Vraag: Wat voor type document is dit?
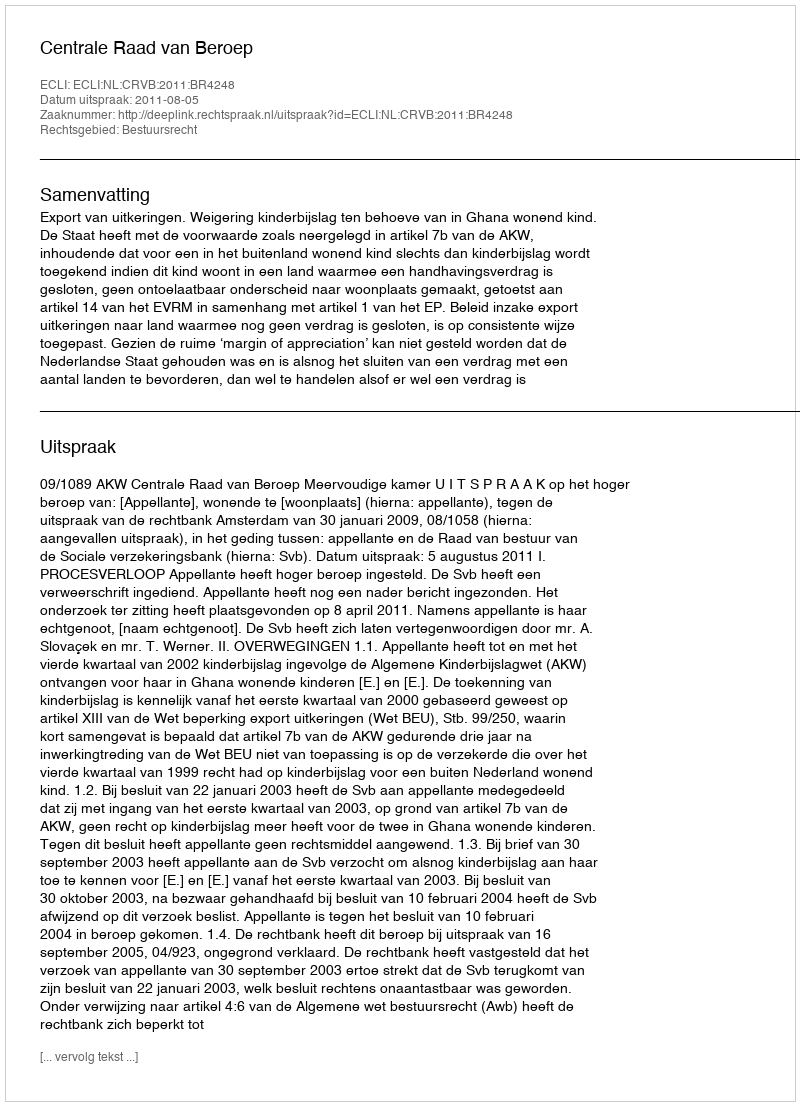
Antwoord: Uitspraak